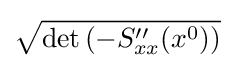
{\sqrt {\det \left(-S_{xx}''(x^{0})\right)}}